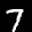
Label: 7